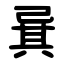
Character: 㠱